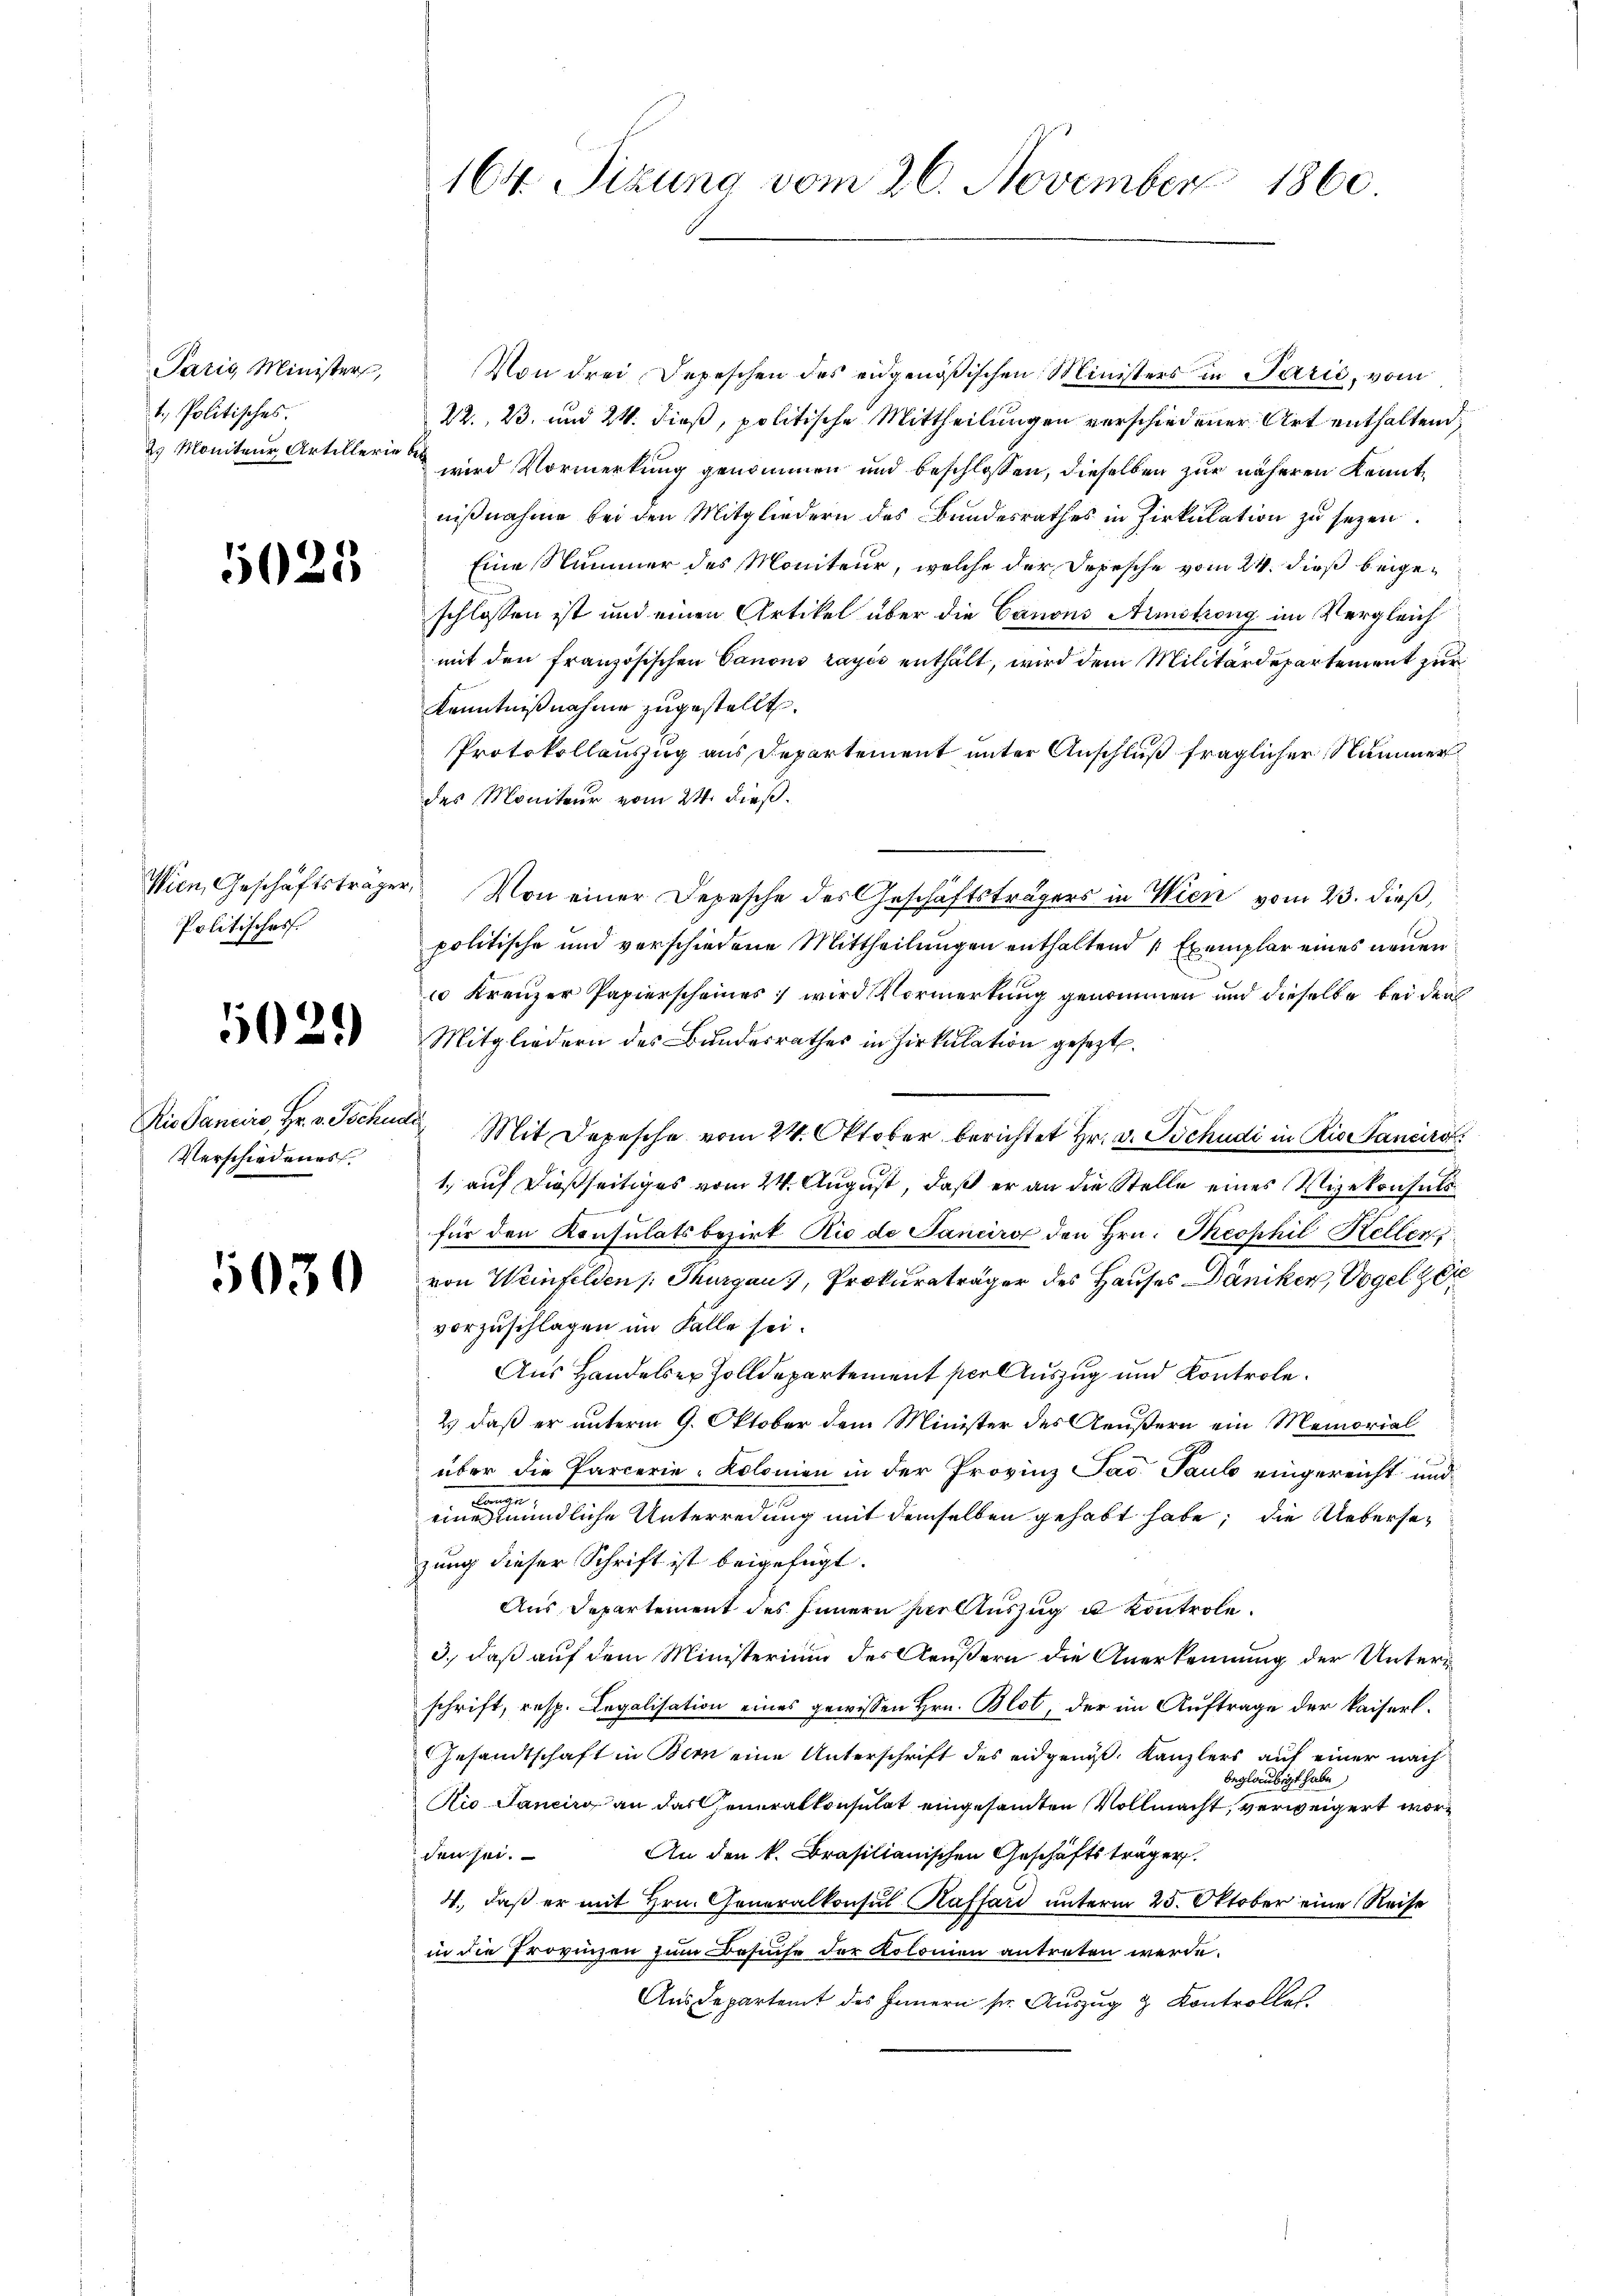
Sarig Minister
1. Politisches.
2 Moniteur, Artillerie bet

5025

Politisches

5029)

Verschiedenes.

5030

Von drei Depeschen des eidgenößischen Ministers in Parić, vom
22., 23. und 24. dieß, politische Mittheilungen verschiedener Art enthaltend,
wird Vormerkung genommen und beschlossen, dieselben zur näheren Kenntnißnahme bei den Mitgliedern des Bundesrathes in Zirkulation zu sezen.
Eine Nummer des Moniteur, welche der Depesche vom 24. dieß beigeschlossen ist und einen Artikel über die Canons Armstreng im Vergleich
mit den französischen Canons rayés enthält, wird dem Militärdepartement zur
Kenntnißnahme zugestellt.
Protokollauszug aus Departement unter Anschluß fraglicher Nummer
des Moniteur vom 24. dieß.
Wien, Geschäftsträger, Von einer Depesche des Geschäftsträgers in Wien vom 23. dieß,
politische und verschiedene Mittheilungen enthaltend 4 Exemplar eines neuen
 Kreuzer Papierscheines wird Vormerkung genommen und dieselbe bei den
Mitgliedern des Bundesrathes in Zirkulation gesezt.
Ris Sanciro, Hr. v. Tschudi Mit Depesche vom 24. Oktober berichtet Hr. v. Schudi in Rio Sancirc
1, auf dießseitiges vom 24. August, daß er an die Stelle eines Vizekonsuls
für den Konsulatsbezirk Rio de Janeiro den Hrn. Theophil Kellen
von Weinfelden Thurgau, Prokuraträger des Hauses Däniker, Vogel 20
vorzuschlagen im Falle sei.
Aus Handelser Zolldepartement per Auszug und Kontrole.
2.) daß er unterm 9. Oktober dem Minister des Aeußern ein Memorial
über die Parcerie-Kolonien in der Provinz Jad. Paul eingereicht und
Langen
eines mündliche Unterredung mit demselben gehabt habe; die Uebersezung dieser Schrift ist beigefügt.
Aus Departement des Innern hier Auszug u Kontrole.
3., daß auf dem Ministerium des Aeußern die Anerkennung der Unterischrift, resp. Legalisation eines gewissen Hrn. Blot, der im Auftrage der kaiserl.
Gesandtschaft in Bern eine Unterschrift des eidgenös. Kanzlers auf einer nach
beglaubigt habe
Kio Janeiro an das Generalkonsulat eingesandten Vollmacht, verweigert wor¬
An den k. Brasilianischen Geschäftsträger
den sei.
4., daß er mit Hrn. Generalkonsul Kassard unterm 25. Oktober eine Reise
in die Provinzen zum Besuche der Kolonien antreten werde.
Aus departent des Innern sr. Auszug & Kontrolles

164. Sitzung vom 26. November 1860.